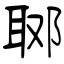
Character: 郰